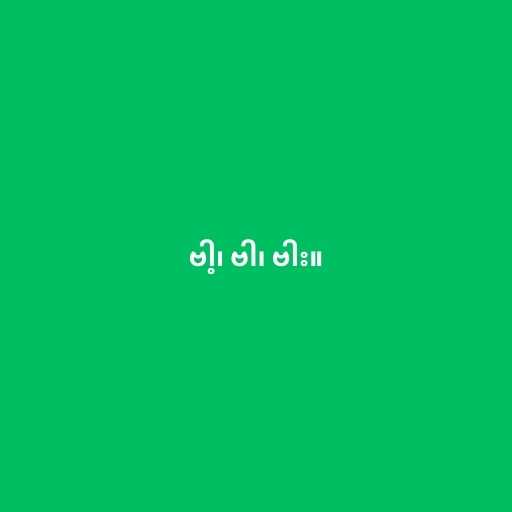
ဗါ့၊ ဗါ၊ ဗါး။